Account of plague administration in the Bombay Presidency from September 1896 till May 1897
Year: 1896
Disease focus: Plague
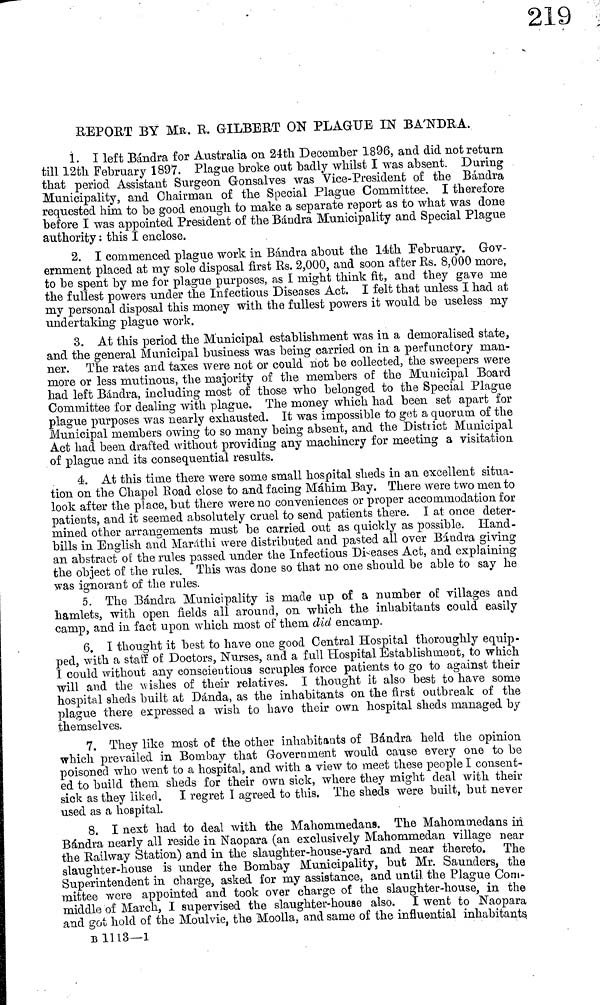
REPORT BY MB. R. GILBERT ON PLAGUE IN BA'NDRA.
1. I left Bándra for Australia on 24rth December 1896, and did not return
till 12th February 1897. Plague broke out badly whilst I was absent. During
that period Assistant Surgeon Gonsalves was Vice-Président of the Bándra
Municipality, and Chairman of the Special Plague Committee. I therefore
requested him to be good enough to make a separate report as to what was done
before I was appointed President of the Bándra Municipality and Special Plague
authority : this I enclose.
2. I commenced plague work in Bándra about the 14th February. Gov-
ernment placed at my sole disposal first Rs. 2,000, and soon after Rs. 8,000 more,
to be spent by me for plague purposes, as I might think fit, and they gave me
the fullest powers under the Infectious Diseases Act. I felt that unless I had at
my personal disposal this money with the fullest powers it would be useless my
undertaking plague work.
3. At this period the Municipal establishment was in a demoralised state,
and the general Municipal business was being carried on in a perfunctory man-
ner. The rates and taxes were not or could not be collected, the sweepers were
more or less mutinous, the majority of the members of the Municipal Board
had left Bándra, including most of those who belonged to the Special Plague
Committee for dealing with plague. The money which had been set apart for
plague purposes was nearly exhausted. It was impossible to get a quorum of the
Municipal members owing to so many being absent, and the District Municipal
Act had been drafted without providing any machinery for meeting a visitation
of plague and its consequential results.
4. At this time there were some small hospital sheds in an excellent situa-
tion on the Chapel Road close to and facing Máhim Bay. There were two men to
look after the place, but there were no conveniences or proper accommodation for
patients, and it seemed absolutely cruel to send patients there. I at once deter-
mined other arrangements must be carried out as quickly as possible. Hand-
bills in English and Maráthi were distributed and pasted all over Bándra giving
an abstract of the rules passed tinder the Infectious Diseases Act, and explaining
the object of the rules. This was done so that no one should be able to say he
was ignorant of the rules.
5. The Bándra Municipality is made up of a number of villages and
hamlets, with open fields all around, on which the inhabitants could easily
camp, and in fact upon which most of them did encamp.
6. I thought it best to have one good Central Hospital thoroughly equip-
ped, with a staff of Doctors, Nurses, and a full Hospital Establishment, to which
I could without any conscientious scruples force patients to go to against their
will and the -wishes of their relatives. I thought it also best to have some
hospital sheds built at Dánda, as the inhabitants on the first outbreak of the
plague there expressed a wish to have their own hospital sheds managed by
themselves.
7. They like most of the other inhabitants of Bándra held the opinion
which prevailed in Bombay that Government would cause every one to be
poisoned who went to a hospital, and with a view to meet these people I consent-
ed to build them sheds for their own sick, where they might deal with their
sick as they liked. I regret I agreed to this. The sheds were built, but never
used as a hospital.
8. I next had to deal with the Mahommedans. The Mahommedans in
Bándra nearly all reside in Naopara (an exclusively Mahommedan village near
the Railway Station) and in the slaughter-house-yard and near thereto. The
slaughter-house is under the Bombay Municipality, but Mr. Saunders, the
Superintendent in charge, asked for my assistance, and until the Plague Com-
mittee were appointed and took over charge of the slaughter-house, in the
middle of March, I supervised the slaughter-house also. I went to Naopara
and got hold of the Moulvie, the Moolla, and same of the influential inhabitants
B 1113—1